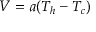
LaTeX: V = a ( T _ { h } - T _ { c } ) \,